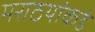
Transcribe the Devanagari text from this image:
मराठयांकडे